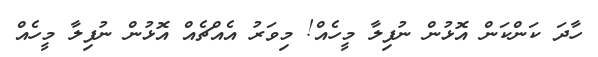
ހާދަ ކަންކަން އޮޅުން ނުފިލާ މީހެއް! މިވަރު އެއްޗެއް އޮޅުން ނުފިލާ މީހެއް